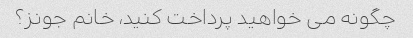
چگونه می خواهید پرداخت کنید، خانم جونز؟